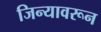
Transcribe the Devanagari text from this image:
जिन्यावरून